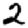
Digit: 2